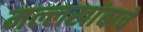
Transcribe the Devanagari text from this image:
मल्लखांबाचे